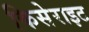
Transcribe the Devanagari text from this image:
किसेराइट